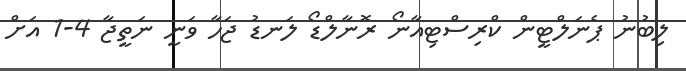
ލިބުނު ޕެނަލްޓީން ކްރިސްޓިއާނޯ ރޮނާލްޑޯ ލަނޑު ޖަހާ ވަނީ ނަތީޖާ 4-1 އަށް